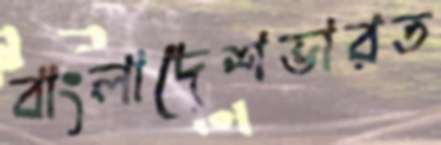
বাংলাদেশভারত